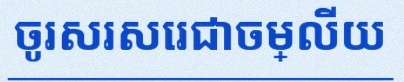
ចូរសរសេរជាចម្លើយ